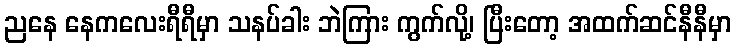
ညနေ နေကလေးရီရီမှာ သနပ်ခါး ဘဲကြား ကွက်လို့၊ ပြီးတော့ အထက်ဆင်နီနီမှာ